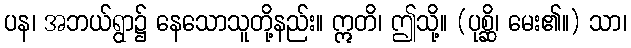
ပန၊ အဘယ်ရွာ၌ နေသောသူတို့နည်း။ ဣတိ၊ ဤသို့။ (ပုစ္ဆိ၊ မေး၏။) သာ၊